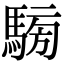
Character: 𩤐